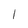
Character: 1